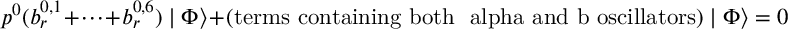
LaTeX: p ^ { 0 } ( b _ { r } ^ { 0 , 1 } + \cdot \cdot \cdot + b _ { r } ^ { 0 , 6 } ) \mid \Phi \rangle + \mathrm { ( t e r m s ~ c o n t a i n i n g ~ b o t h ~ \ a l p h a ~ a n d ~ b ~ o s c i l l a t o r s ) } \mid \Phi \rangle = 0